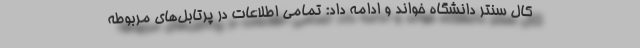
کال سنتر دانشگاه خواند و ادامه داد: تمامی اطلاعات در پرتابل‌های مربوطه